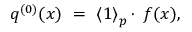
q ^ { ( 0 ) } ( x ) \ = \ { \langle 1 \rangle } _ { p } \cdot \, f ( x ) ,